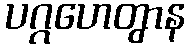
ပဂ္ဂဟေတွာန